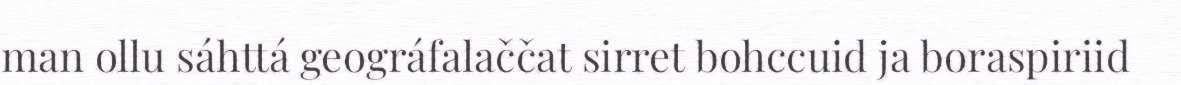
man ollu sáhttá geográfalaččat sirret bohccuid ja boraspiriid